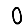
Digit: 0